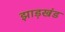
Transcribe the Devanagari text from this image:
झाड़खंड